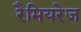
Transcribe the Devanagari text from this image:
रैमियरेज